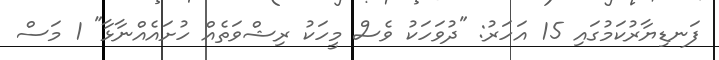
ފަނޑިޔާރުކަމުގައި 15 އަހަރު: "ދުވަހަކު ވެސް މީހަކު ރިޝްވަތެއް ހުށައެއްނާޅާ" 1 މަސް